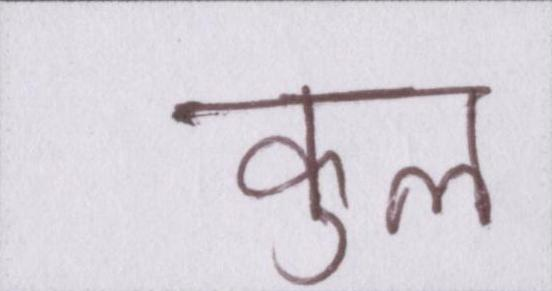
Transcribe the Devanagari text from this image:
कुल